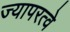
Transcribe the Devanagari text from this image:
ज्यापरत्वे